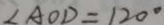
\angle A O D = 1 2 0 ^ { \circ }